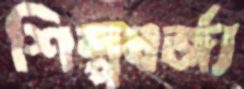
শিল্পবর্জ্য